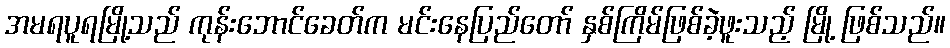
အမရပူရမြို့သည် ကုန်းဘောင်ခေတ်က မင်းနေပြည်တော် နှစ်ကြိမ်ဖြစ်ခဲ့ဖူးသည့် မြို့ ဖြစ်သည်။